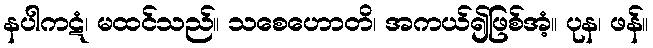
နပါကဋံ၊ မထင်သည်။ သစေဟောတိ၊ အကယ်၍ဖြစ်အံ့။ ပုန၊ ဖန်။